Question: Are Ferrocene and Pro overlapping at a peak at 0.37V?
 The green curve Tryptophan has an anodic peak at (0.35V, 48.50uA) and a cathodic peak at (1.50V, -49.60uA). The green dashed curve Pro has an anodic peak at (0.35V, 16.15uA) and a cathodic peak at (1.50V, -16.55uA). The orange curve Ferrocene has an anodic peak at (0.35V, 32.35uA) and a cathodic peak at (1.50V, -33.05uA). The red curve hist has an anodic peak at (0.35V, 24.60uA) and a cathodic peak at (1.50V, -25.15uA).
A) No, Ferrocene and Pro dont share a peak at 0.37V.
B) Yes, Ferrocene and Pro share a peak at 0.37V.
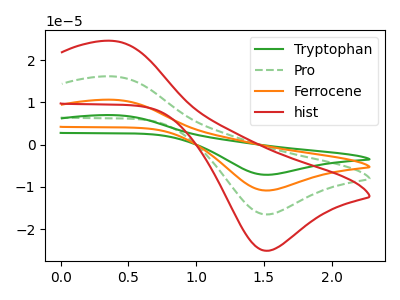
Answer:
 <answer>B) Yes, "Ferrocene" and "Pro" share a peak at 0.37V.</answer>
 <eval>B</eval>